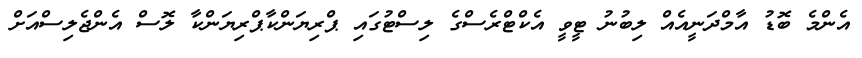
އެންމެ ބޮޑު އާމްދަނީއެއް ލިބުނު ޓީވީ އެކްޓްރެސްގެ ލިސްޓުގައި ޕްރިޔަންކާޕްރިޔަންކާ ލޮސް އެންޖެލިސްއަށް